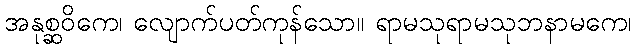
အနုစ္ဆဝိကေ၊ လျောက်ပတ်ကုန်သော။ ရာမသုရာမသုဘနာမကေ၊